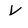
Character: V